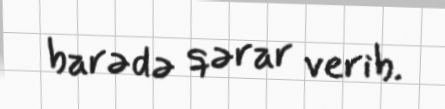
barədə qərar verib.